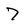
Character: 7